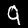
Label: 9